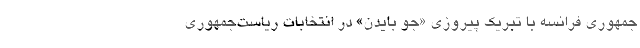
جمهوری فرانسه با تبریک پیروزی «جو بایدن» در انتخابات ریاست‌جمهوری